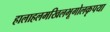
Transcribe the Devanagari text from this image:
हालाहलमखिलभूगोलकृपया